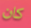
كان